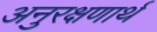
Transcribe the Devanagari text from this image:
अनुरक्षणार्थ